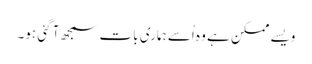
ویسے ممکن ہے وہ اُسے ہماری بات سمجھ آ گئی ہو۔